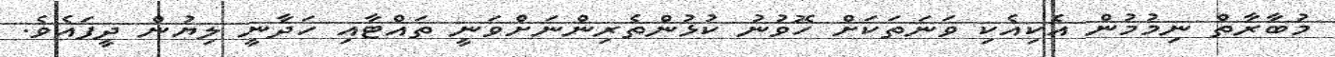
މުބާރާތް ނިމުމުން އެކިއެކި ވަނަތަކަށް ހޮވުނު ކުޅުންތެރިންނަށްވަނީ ތައްޓާއި ހަދާނީ ލިޔުން ދީފައެވެ.